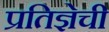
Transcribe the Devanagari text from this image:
प्रतिज्ञेची